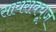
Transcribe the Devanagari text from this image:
सायराक्यूज